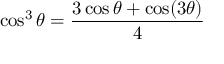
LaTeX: \cos ^ { 3 } \theta = { \frac { 3 \cos \theta + \cos ( 3 \theta ) } { 4 } }